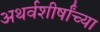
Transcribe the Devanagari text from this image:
अथर्वशीर्षांच्या